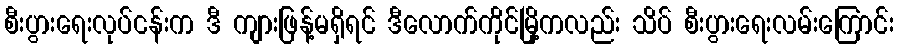
စီးပွားရေးလုပ်ငန်းက ဒီ ကျားဖြန့်မရှိရင် ဒီလောက်ကိုင်မြို့ကလည်း သိပ် စီးပွားရေးလမ်းကြောင်း